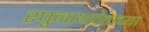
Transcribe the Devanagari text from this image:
रघुनाथपंताच्या